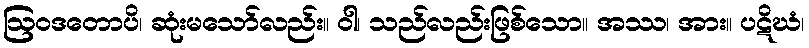
ဩဝဒတောပိ၊ ဆုံးမသော်လည်း။ ဝါ၊ သည်လည်းဖြစ်သော။ အဿ၊ အား။ ပဋိဃံ၊